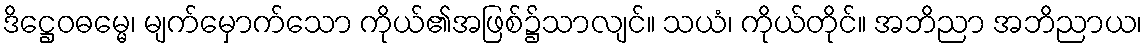
ဒိဋ္ဌေဝဓမ္မေ၊ မျက်မှောက်သော ကိုယ်၏အဖြစ်၌သာလျင်။ သယံ၊ ကိုယ်တိုင်။ အဘိညာ အဘိညာယ၊